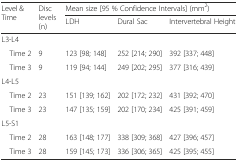
<table><thead><tr><td rowspan="2"><b>Level &amp; Time</b></td><td rowspan="2"><b>Disc levels (n)</b></td><td colspan="3"><b>Mean size [95 % Confidence Intervals] (mm<sup>2</sup>)</b></td></tr><tr><td><b>LDH</b></td><td><b>Dural Sac</b></td><td><b>Intervertebral Height</b></td></tr></thead><tbody><tr><td>L3-L4</td><td></td><td></td><td></td><td></td></tr><tr><td> Time 2</td><td>9</td><td>123 [98; 148]</td><td>252 [214; 290]</td><td>392 [337; 448]</td></tr><tr><td> Time 3</td><td>9</td><td>119 [94; 144]</td><td>249 [202; 295]</td><td>377 [316; 439]</td></tr><tr><td>L4-L5</td><td></td><td></td><td></td><td></td></tr><tr><td> Time 2</td><td>23</td><td>151 [139; 162]</td><td>202 [172; 232]</td><td>431 [392; 470]</td></tr><tr><td> Time 3</td><td>23</td><td>147 [135; 159]</td><td>202 [170; 234]</td><td>425 [391; 459]</td></tr><tr><td>L5-S1</td><td></td><td></td><td></td><td></td></tr><tr><td> Time 2</td><td>28</td><td>163 [148; 177]</td><td>338 [309; 368]</td><td>427 [396; 457]</td></tr><tr><td> Time 3</td><td>28</td><td>159 [145; 173]</td><td>336 [306; 365]</td><td>425 [395; 455]</td></tr></tbody></table>